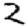
Digit: 2